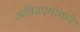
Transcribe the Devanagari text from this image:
अतिउपयोगाने